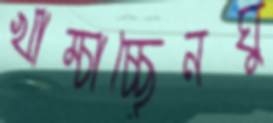
খাম্‌চাচ্ছেনঘু